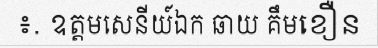
៖. ឧត្តមសេនីយ៍ឯក ឆាយ គឹមខឿន